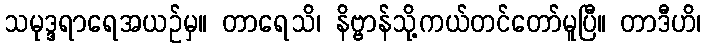
သမုဒ္ဒရာရေအယဉ်မှ။ တာရေသိ၊ နိဗ္ဗာန်သို့ကယ်တင်တော်မူပြီ။ တာဒီဟိ၊